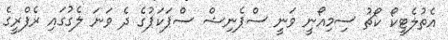
އެތުލެޓީކޯ ކޯޗު ސިމިއޯނީ ވަނީ ސްޕެނިޝް ސްޕަކަޕުގެ ދެ ވަނަ ލެގުގައި ރެފްރީގެ